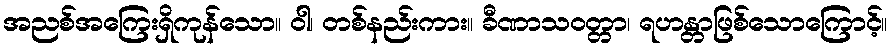
အညစ်အကြေးရှိကုန်သော။ ဝါ၊ တစ်နည်းကား။ ခီဏာသဝတ္တာ၊ ရဟန္တာဖြစ်သောကြောင့်။